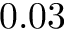
0 . 0 3